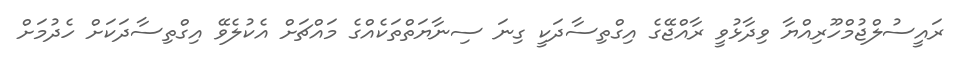
ރައީސުލްޖުމްހޫރިއްޔާ ވިދާޅުވީ ރާއްޖޭގެ އިގްތިސާދަކީ ގިނަ ސިނާޔަތްތަކެއްގެ މައްޗަށް އެކުލެވޭ އިގްތިސާދަކަށް ހެދުމަށް